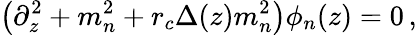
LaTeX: \left(\partial_{z}^{2}+m_{n}^{2}+r_{c}\Delta(z)m_{n}^{2}\right)\phi_{n}(z)=0\, ,